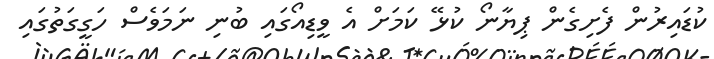
ކުޑައިރުން ފެށިގެން ޕިޔާނޯ ކުޅޭ ކަމަށް އެ ވީޑިއޯގައި ބުނި ނަމަވެސް ހަގީގަތުގައި